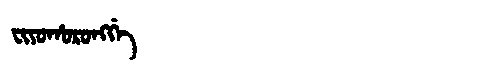
Manchu: ᠸᡳᠶᠣᡥᠣᡵᠣᠩᡤᡝ
Romanization: FIYOHORONGGE